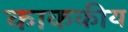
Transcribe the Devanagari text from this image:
काककीय